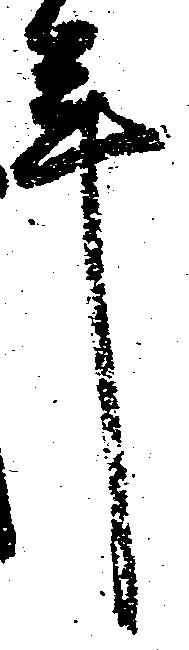
年